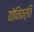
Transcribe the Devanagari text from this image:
योनिवर्ति